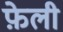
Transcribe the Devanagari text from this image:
फ़ेली